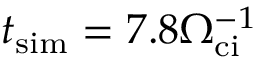
t _ { \mathrm { s i m } } = 7 . 8 \Omega _ { \mathrm { c i } } ^ { - 1 }